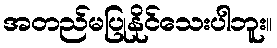
အတည်မပြုနိုင်သေးပါဘူး။